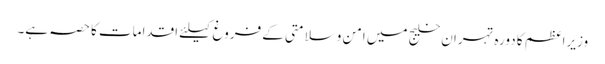
وزیراعظم کا دورہ تہران خلیج میں امن وسلامتی کے فروغ کیلئے اقدامات کا حصہ ہے۔